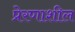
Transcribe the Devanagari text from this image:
प्रेरणाशील